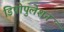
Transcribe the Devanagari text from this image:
डिपोपुलेशन